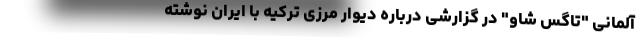
آلمانی "تاگس شاو" در گزارشی درباره دیوار مرزی ترکیه با ایران نوشته